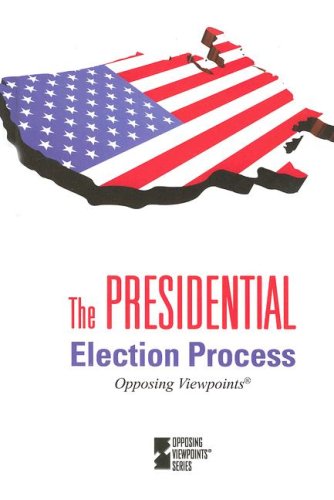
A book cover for Presidential Election Process (Opposing Viewpoints); Teen & Young Adult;